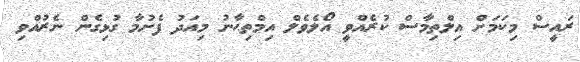
ރައީސް މިކަމަށް އިލްތިމާސް ކުރެއްވީ އޯލެވެލް އިމްތިޙާނު މިއަދު ފެށުމާ ގުޅިގެން ނެރުއްވި